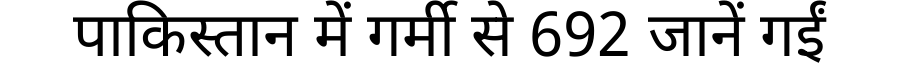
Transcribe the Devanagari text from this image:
पाकिस्तान में गर्मी से 692 जानें गईं